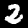
Label: 2